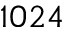
1 0 2 4